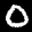
Label: 0